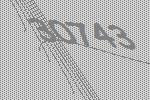
30743